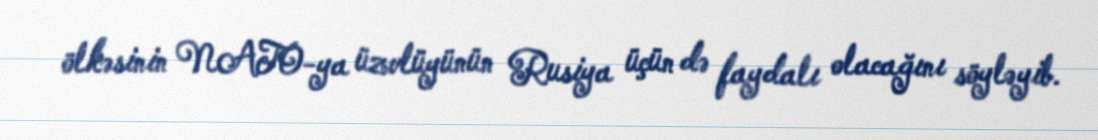
ölkəsinin NATO-ya üzvlüyünün Rusiya üçün də faydalı olacağını söyləyib.